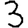
Digit: 3